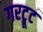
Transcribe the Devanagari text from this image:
गरट्रूट